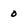
Character: 0